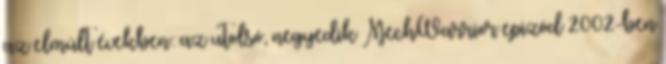
az elmúlt években: az utolsó, negyedik MechWarrior epizód 2002-ben